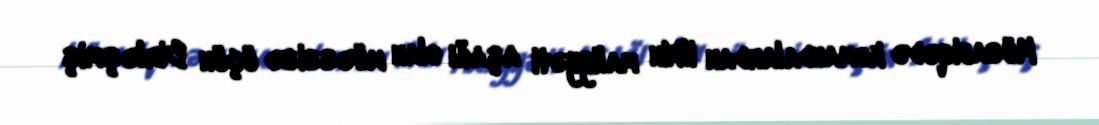
Müsabiqədə komandalardan ilkin maliyyəti aşağı olan müəssisə üçün Birləşmiş